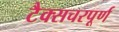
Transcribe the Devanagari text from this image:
टैक्सचरपूर्ण